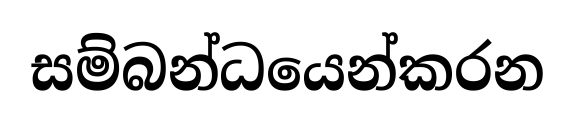
සම්බන්ධයෙන්කරන